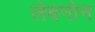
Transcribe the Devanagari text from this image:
लेबनोन